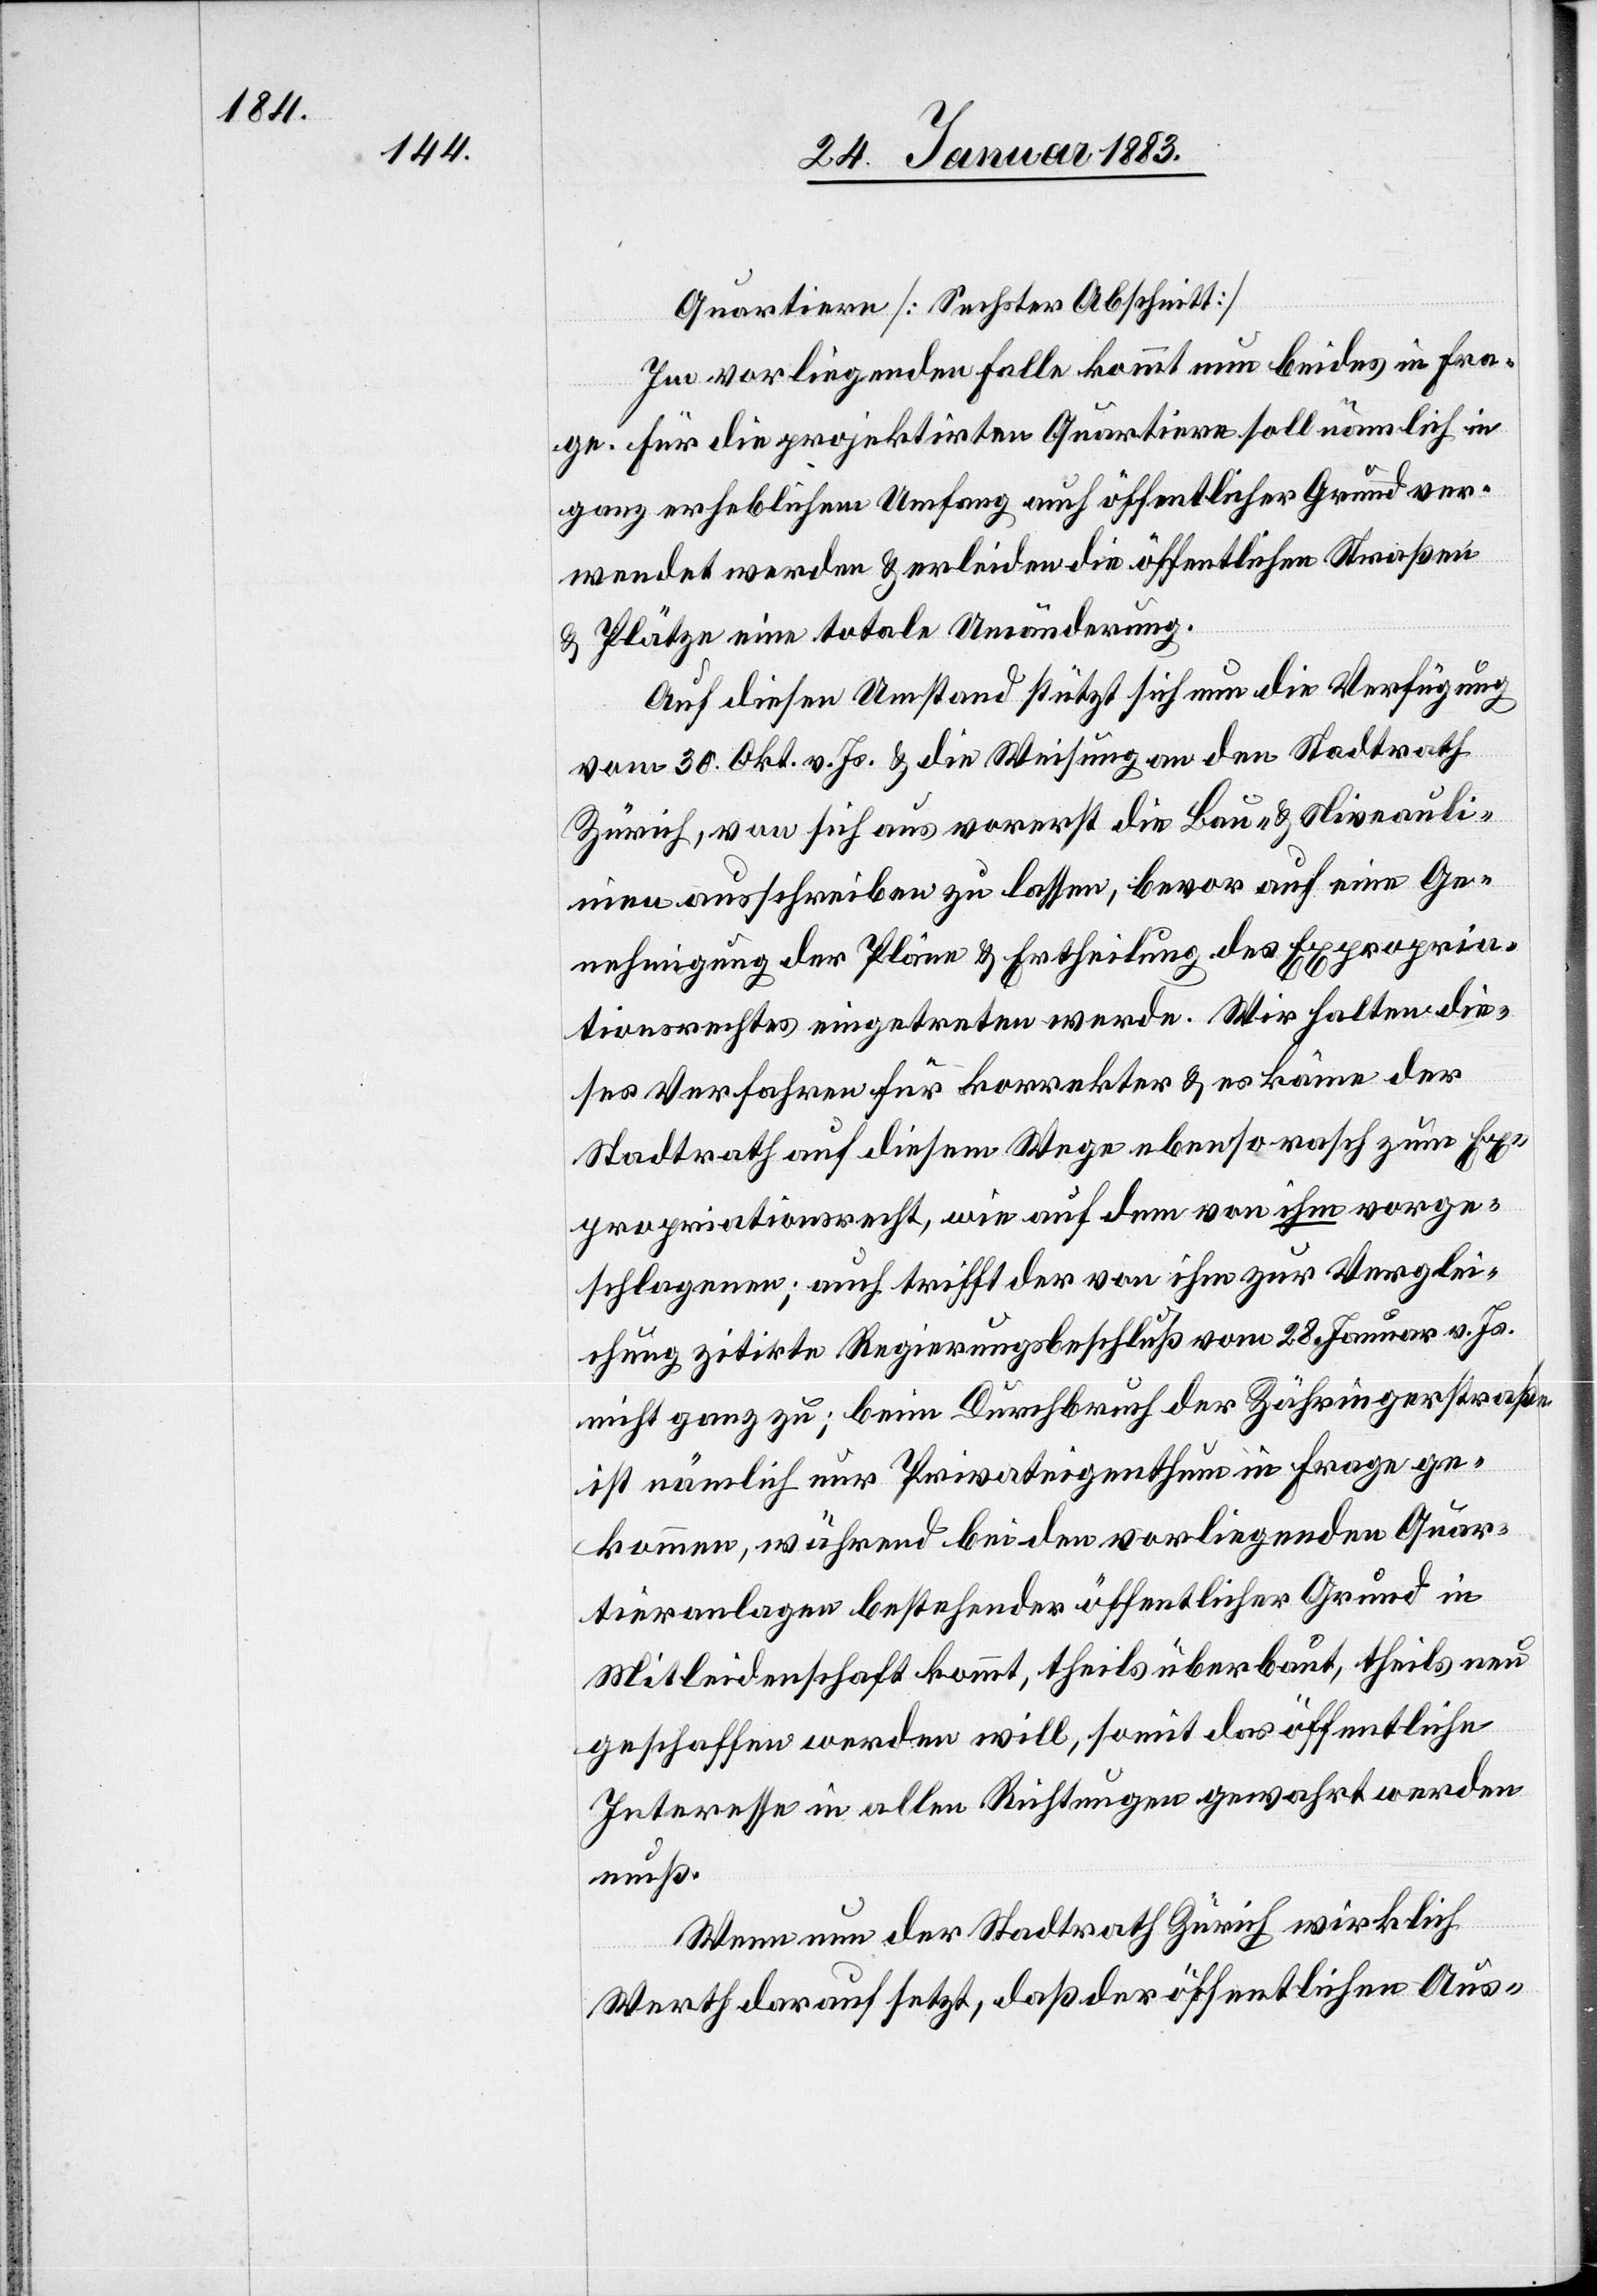
Quartiere [Sechster Abschnitt]
Im vorliegenden Falle kommt nun beides in Fra¬
ge. Für die projektirten Quartiere soll nämlich in
ganz erheblichem Umfang auch öffentlicher Grund ver¬
wendet werden & erleiden die öffentlichen Straßen
& Plätze eine totale Umänderung.
Auf diesen Umstand stützt sich nun die Verfügung
vom 30. Okt. v. Js. & die Weisung an den Stadtrath
Zürich, von sich aus vorerst die Bau- & Niveauli¬
nien ausschreiben zu lassen, bevor auf eine Ge¬
nehmigung der Pläne & Ertheilung des Expropria¬
tionsrechtes eingetreten werde. Wir halten die¬
ses Verfahren für korrekter & es käme der
Stadtrath auf diesem Wege ebenso rasch zum Ex¬
propriationsrecht, wie auf dem von ihm vorge¬
schlagenen; auch trifft der von ihm zur Verglei¬
chung zitirte Regierungsbeschluß vom 28. Januar v. Js.
nicht ganz zu; beim Durchbruch der Zähringerstraße
ist nämlich nur Privateigenthum in Frage ge¬
kommen, während bei den vorliegenden Quar¬
tieranlagen bestehender öffentlicher Grund in
Mitleidenschaft kommt, theils überbaut, theils neu
geschaffen werden will, somit das öffentliche
Interesse in allen Richtungen gewahrt werden
muß.
Wenn nun der Stadtrath Zürich wirklich
Werth darauf setzt, daß der öffentlichen Aus-